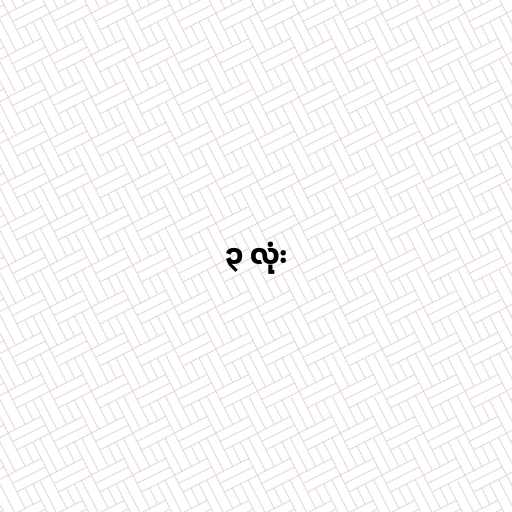
၃ လုံး